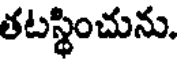
తటస్థించును.